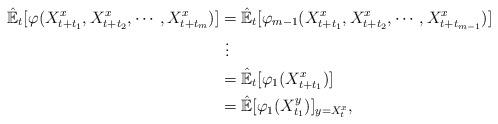
LaTeX: \begin{align*}\hat{\mathbb{E}}_t[\varphi(X_{t+t_1}^{x},X_{t+t_2}^{x},\cdots,X_{t+t_{m}}^{x})]&=\hat{\mathbb{E}}_t[\varphi_{m-1}(X_{t+t_1}^{x},X_{t+t_2}^{x},\cdots,X_{t+t_{m-1}}^{x})]\\&\ \vdots\\&=\hat{\mathbb{E}}_t[\varphi_{1}(X_{t+t_1}^{x})]\\&=\hat{\mathbb{E}}[\varphi_{1}(X_{t_1}^{y})]_{y=X_{t}^x},\end{align*}